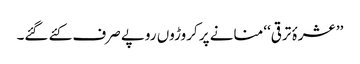
’’عشرۂ ترقی‘‘ منانے پر کروڑوں روپے صرف کئے گئے۔